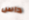
داس